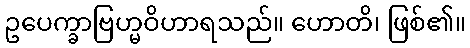
ဥပေက္ခာဗြဟ္မဝိဟာရသည်။ ဟောတိ၊ ဖြစ်၏။